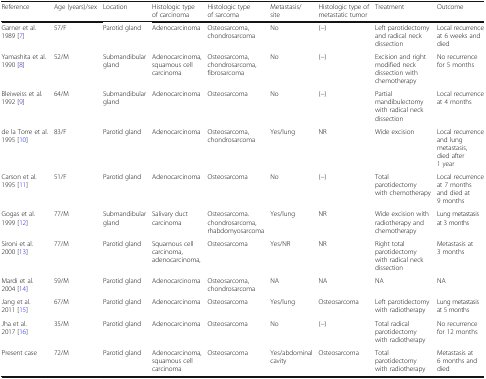
<table><thead><tr><td><b>Reference</b></td><td><b>Age (years)/sex</b></td><td><b>Location</b></td><td><b>Histologic type of carcinoma</b></td><td><b>Histologic type of sarcoma</b></td><td><b>Metastasis/site</b></td><td><b>Histologic type of metastatic tumor</b></td><td><b>Treatment</b></td><td><b>Outcome</b></td></tr></thead><tbody><tr><td>Garner et al. 1989 [7]</td><td>57/F</td><td>Parotid gland</td><td>Adenocarcinoma</td><td>Osteosarcoma, chondrosarcoma</td><td>No</td><td>(−)</td><td>Left parotidectomy and radical neck dissection</td><td>Local recurrence at 6 weeks and died</td></tr><tr><td>Yamashita et al. 1990 [8]</td><td>52/M</td><td>Submandibular gland</td><td>Adenocarcinoma, squamous cell carcinoma</td><td>Osteosarcoma, chondrosarcoma, fibrosarcoma</td><td>No</td><td>(−)</td><td>Excision and right modified neck dissection with chemotherapy</td><td>No recurrence for 5 months</td></tr><tr><td>Bleiweiss et al. 1992 [9]</td><td>64/M</td><td>Submandibular gland</td><td>Adenocarcinoma</td><td>Osteosarcoma</td><td>No</td><td>(−)</td><td>Partial mandibulectomy with radical neck dissection</td><td>Local recurrence at 4 months</td></tr><tr><td>de la Torre et al. 1995 [10]</td><td>83/F</td><td>Parotid gland</td><td>Adenocarcinoma</td><td>Osteosarcoma, chondrosarcoma</td><td>Yes/lung</td><td>NR</td><td>Wide excision</td><td>Local recurrence and lung metastasis, died after 1 year</td></tr><tr><td>Carson et al. 1995 [11]</td><td>51/F</td><td>Parotid gland</td><td>Adenocarcinoma</td><td>Osteosarcoma</td><td>No</td><td>(−)</td><td>Total parotidectomy with chemotherapy</td><td>Local recurrence at 7 months and died at 9 months</td></tr><tr><td>Gogas et al. 1999 [12]</td><td>77/M</td><td>Submandibular gland</td><td>Salivary duct carcinoma</td><td>Osteosarcoma. chondrosarcoma, rhabdomyosarcoma</td><td>Yes/lung</td><td>NR</td><td>Wide excision with radiotherapy and chemotherapy</td><td>Lung metastasis at 3 months</td></tr><tr><td>Sironi et al. 2000 [13]</td><td>77/M</td><td>Parotid gland</td><td>Squamous cell carcinoma, adenocarcinoma,</td><td>Osteosarcoma</td><td>Yes/NR</td><td>NR</td><td>Right total parotidectomy with radical neck dissection</td><td>Metastasis at 3 months</td></tr><tr><td>Mardi et al. 2004 [14]</td><td>59/M</td><td>Parotid gland</td><td>Adenocarcinoma</td><td>Osteosarcoma, chondrosarcoma</td><td>NA</td><td>NA</td><td>NA</td><td>NA</td></tr><tr><td>Jang et al. 2011 [15]</td><td>67/M</td><td>Parotid gland</td><td>Adenocarcinoma</td><td>Osteosarcoma</td><td>Yes/lung</td><td>Osteosarcoma</td><td>Left parotidectomy with radiotherapy</td><td>Lung metastasis at 5 months</td></tr><tr><td>Jha et al.2017 [16]</td><td>35/M</td><td>Parotid gland</td><td>Adenocarcinoma</td><td>Osteosarcoma</td><td>No</td><td>(−)</td><td>Total radical parotidectomy with radiotherapy</td><td>No recurrence for 12 months</td></tr><tr><td>Present case</td><td>72/M</td><td>Parotid gland</td><td>Adenocarcinoma, squamous cell carcinoma</td><td>Osteosarcoma</td><td>Yes/abdominal cavity</td><td>Osteosarcoma</td><td>Total parotidectomy with radiotherapy</td><td>Metastasis at 6 months and died</td></tr></tbody></table>